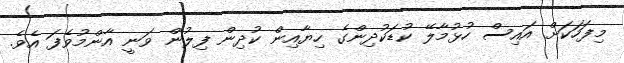
މިފަހަކަށް އައިސް ހުޅުމާލޭ ކުޑަކުދިންގެ ހިޔާއިން ކުދިން ފިލުން ވަނީ އާންމުވެފަ އެވެ.